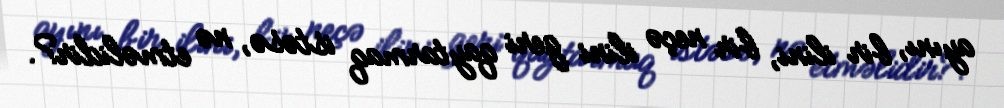
ayını, bir ilini, bir neçə ilini geri qaytarmaq istəsə, nə etməlidir?.